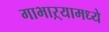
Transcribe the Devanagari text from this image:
गाभाऱ्यामध्ये